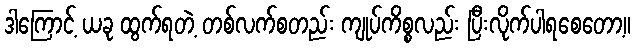
ဒါကြောင့် ယခု ထွက်ရတဲ့ တစ်လက်စတည်း ကျုပ်ကိစ္စလည်း ပြီးလိုက်ပါရစေတော့။